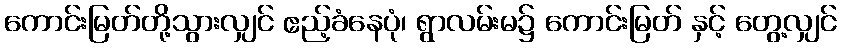
ကောင်းမြတ်တို့သွားလျှင် ဧည့်ခံနေပုံ၊ ရွာလမ်းမ၌ ကောင်းမြတ် နှင့် တွေ့လျှင်